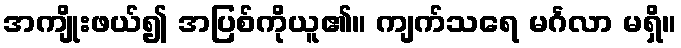
အကျိုးဖယ်၍ အပြစ်ကိုယူ၏။ ကျက်သရေ မင်္ဂလာ မရှိ။